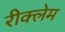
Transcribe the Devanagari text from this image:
रीक्लेम